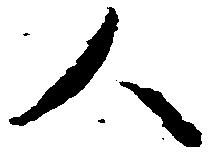
人